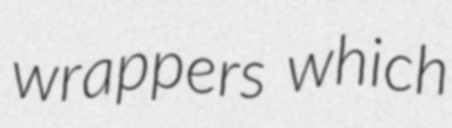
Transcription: wrappers which